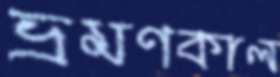
ভ্রমণকাল